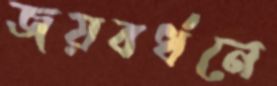
জয়বর্ধনে